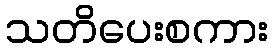
သတိပေးစကား